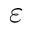
\varepsilon